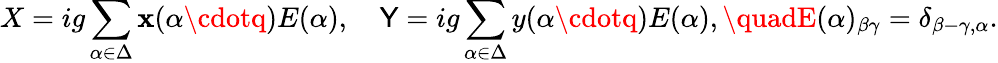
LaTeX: X=ig\sum_{\alpha\in\Delta}\mathbf{x}(\alpha\cdotq)E(\alpha),\quad\mathsf{Y}=ig\sum_{\alpha\in\Delta}y(\alpha\cdotq)E(\alpha),\quadE(\alpha)_{\beta\gamma}=\delta_{\beta-\gamma,\alpha}.